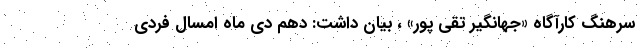
سرهنگ کارآگاه «جهانگیر تقی پور» ، بیان داشت: دهم دی ماه امسال فردی